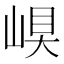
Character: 𡹊